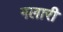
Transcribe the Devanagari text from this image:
गलारी